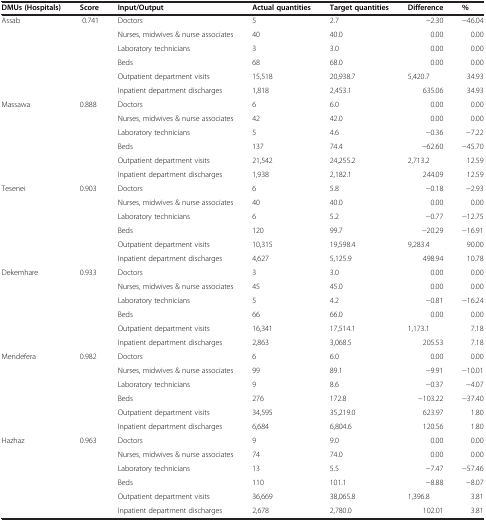
<table><thead><tr><td><b>DMUs (Hospitals)</b></td><td><b>Score</b></td><td><b>Input/Output</b></td><td><b>Actual quantities</b></td><td><b>Target quantities</b></td><td><b>Difference</b></td><td><b>%</b></td></tr></thead><tbody><tr><td rowspan="6">Assab</td><td rowspan="6">0.741</td><td>Doctors</td><td>5</td><td>2.7</td><td>−2.30</td><td>−46.04</td></tr><tr><td>Nurses, midwives &amp; nurse associates</td><td>40</td><td>40.0</td><td>0.00</td><td>0.00</td></tr><tr><td>Laboratory technicians</td><td>3</td><td>3.0</td><td>0.00</td><td>0.00</td></tr><tr><td>Beds</td><td>68</td><td>68.0</td><td>0.00</td><td>0.00</td></tr><tr><td>Outpatient department visits</td><td>15,518</td><td>20,938.7</td><td>5,420.7</td><td>34.93</td></tr><tr><td>Inpatient department discharges</td><td>1,818</td><td>2,453.1</td><td>635.06</td><td>34.93</td></tr><tr><td rowspan="6">Massawa</td><td rowspan="6">0.888</td><td>Doctors</td><td>6</td><td>6.0</td><td>0.00</td><td>0.00</td></tr><tr><td>Nurses, midwives &amp; nurse associates</td><td>42</td><td>42.0</td><td>0.00</td><td>0.00</td></tr><tr><td>Laboratory technicians</td><td>5</td><td>4.6</td><td>−0.36</td><td>−7.22</td></tr><tr><td>Beds</td><td>137</td><td>74.4</td><td>−62.60</td><td>−45.70</td></tr><tr><td>Outpatient department visits</td><td>21,542</td><td>24,255.2</td><td>2,713.2</td><td>12.59</td></tr><tr><td>Inpatient department discharges</td><td>1,938</td><td>2,182.1</td><td>244.09</td><td>12.59</td></tr><tr><td rowspan="6">Tesenei</td><td rowspan="6">0.903</td><td>Doctors</td><td>6</td><td>5.8</td><td>−0.18</td><td>−2.93</td></tr><tr><td>Nurses, midwives &amp; nurse associates</td><td>40</td><td>40.0</td><td>0.00</td><td>0.00</td></tr><tr><td>Laboratory technicians</td><td>6</td><td>5.2</td><td>−0.77</td><td>−12.75</td></tr><tr><td>Beds</td><td>120</td><td>99.7</td><td>−20.29</td><td>−16.91</td></tr><tr><td>Outpatient department visits</td><td>10,315</td><td>19,598.4</td><td>9,283.4</td><td>90.00</td></tr><tr><td>Inpatient department discharges</td><td>4,627</td><td>5,125.9</td><td>498.94</td><td>10.78</td></tr><tr><td rowspan="6">Dekemhare</td><td rowspan="6">0.933</td><td>Doctors</td><td>3</td><td>3.0</td><td>0.00</td><td>0.00</td></tr><tr><td>Nurses, midwives &amp; nurse associates</td><td>45</td><td>45.0</td><td>0.00</td><td>0.00</td></tr><tr><td>Laboratory technicians</td><td>5</td><td>4.2</td><td>−0.81</td><td>−16.24</td></tr><tr><td>Beds</td><td>66</td><td>66.0</td><td>0.00</td><td>0.00</td></tr><tr><td>Outpatient department visits</td><td>16,341</td><td>17,514.1</td><td>1,173.1</td><td>7.18</td></tr><tr><td>Inpatient department discharges</td><td>2,863</td><td>3,068.5</td><td>205.53</td><td>7.18</td></tr><tr><td rowspan="6">Mendefera</td><td rowspan="6">0.982</td><td>Doctors</td><td>6</td><td>6.0</td><td>0.00</td><td>0.00</td></tr><tr><td>Nurses, midwives &amp; nurse associates</td><td>99</td><td>89.1</td><td>−9.91</td><td>−10.01</td></tr><tr><td>Laboratory technicians</td><td>9</td><td>8.6</td><td>−0.37</td><td>−4.07</td></tr><tr><td>Beds</td><td>276</td><td>172.8</td><td>−103.22</td><td>−37.40</td></tr><tr><td>Outpatient department visits</td><td>34,595</td><td>35,219.0</td><td>623.97</td><td>1.80</td></tr><tr><td>Inpatient department discharges</td><td>6,684</td><td>6,804.6</td><td>120.56</td><td>1.80</td></tr><tr><td rowspan="5">Hazhaz</td><td rowspan="5">0.963</td><td>Doctors</td><td>9</td><td>9.0</td><td>0.00</td><td>0.00</td></tr><tr><td>Nurses, midwives &amp; nurse associates</td><td>74</td><td>74.0</td><td>0.00</td><td>0.00</td></tr><tr><td>Laboratory technicians</td><td>13</td><td>5.5</td><td>−7.47</td><td>−57.46</td></tr><tr><td>Beds</td><td>110</td><td>101.1</td><td>−8.88</td><td>−8.07</td></tr><tr><td>Outpatient department visits</td><td>36,669</td><td>38,065.8</td><td>1,396.8</td><td>3.81</td></tr><tr><td> </td><td> </td><td>Inpatient department discharges</td><td>2,678</td><td>2,780.0</td><td>102.01</td><td>3.81</td></tr></tbody></table>